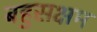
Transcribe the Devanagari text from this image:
बहुसक्षम